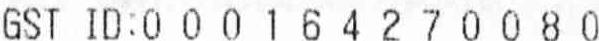
GST ID:0 0 0 1 6 4 2 7 0 0 8 0